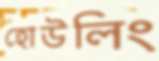
হোউলিং